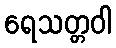
ရေသတ္တဝါ